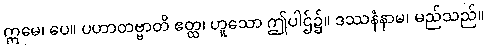
ဣမေ၊ ပေ။ ပဟာတဗ္ဗာတိ ဧတ္ထ၊ ဟူသော ဤပါဌ်၌။ ဒဿနံနာမ၊ မည်သည်။